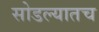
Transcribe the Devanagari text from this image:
सोडल्यातच